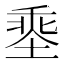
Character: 𡏕